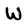
Character: W